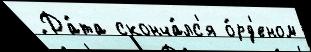
́ Да́та сконча́лс'я о́рд'еном